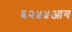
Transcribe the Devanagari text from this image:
६२५५आय